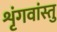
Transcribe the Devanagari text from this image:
शृंगवांस्तु